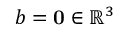
b = \mathbf { 0 } \in \mathbb { R } ^ { 3 }